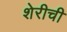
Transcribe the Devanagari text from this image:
शेरीची